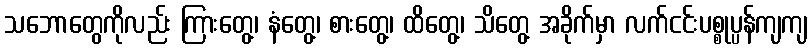
သဘောတွေကိုလည်း ကြားတွေ့၊ နံတွေ့၊ စားတွေ့၊ ထိတွေ့၊ သိတွေ့ အခိုက်မှာ လက်ငင်းပစ္စုပ္ပန်ကျကျ